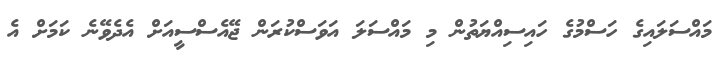
މައްސަލައިގެ ހަސްމުގެ ހައިސިއްޔަތުން މި މައްސަލަ އަވަސްކުރަން ޖޭއެސްސީއަށް އެދެވޭނެ ކަމަށް އެ